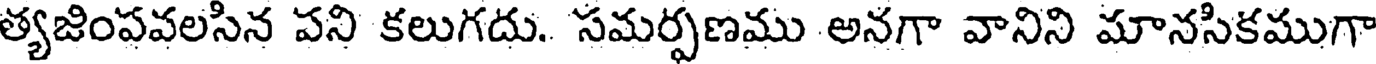
త్యజింపవలసిన పని కలుగదు. సమర్పణము అనగా వానిని మానసికముగా